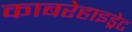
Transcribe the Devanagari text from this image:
काबरेहाइड्रेट